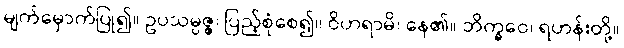
မျက်မှောက်ပြု၍။ ဥပသမ္ပဇ္ဇ၊ ပြည့်စုံစေ၍။ ဝိဟရာမိ၊ နေ၏။ ဘိက္ခဝေ၊ ရဟန်းတို့။